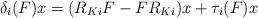
LaTeX: \begin{align*}\delta_i(F)x =(R_{Ki}F-FR_{Ki})x + \tau_i(F)x\end{align*}